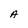
Character: A